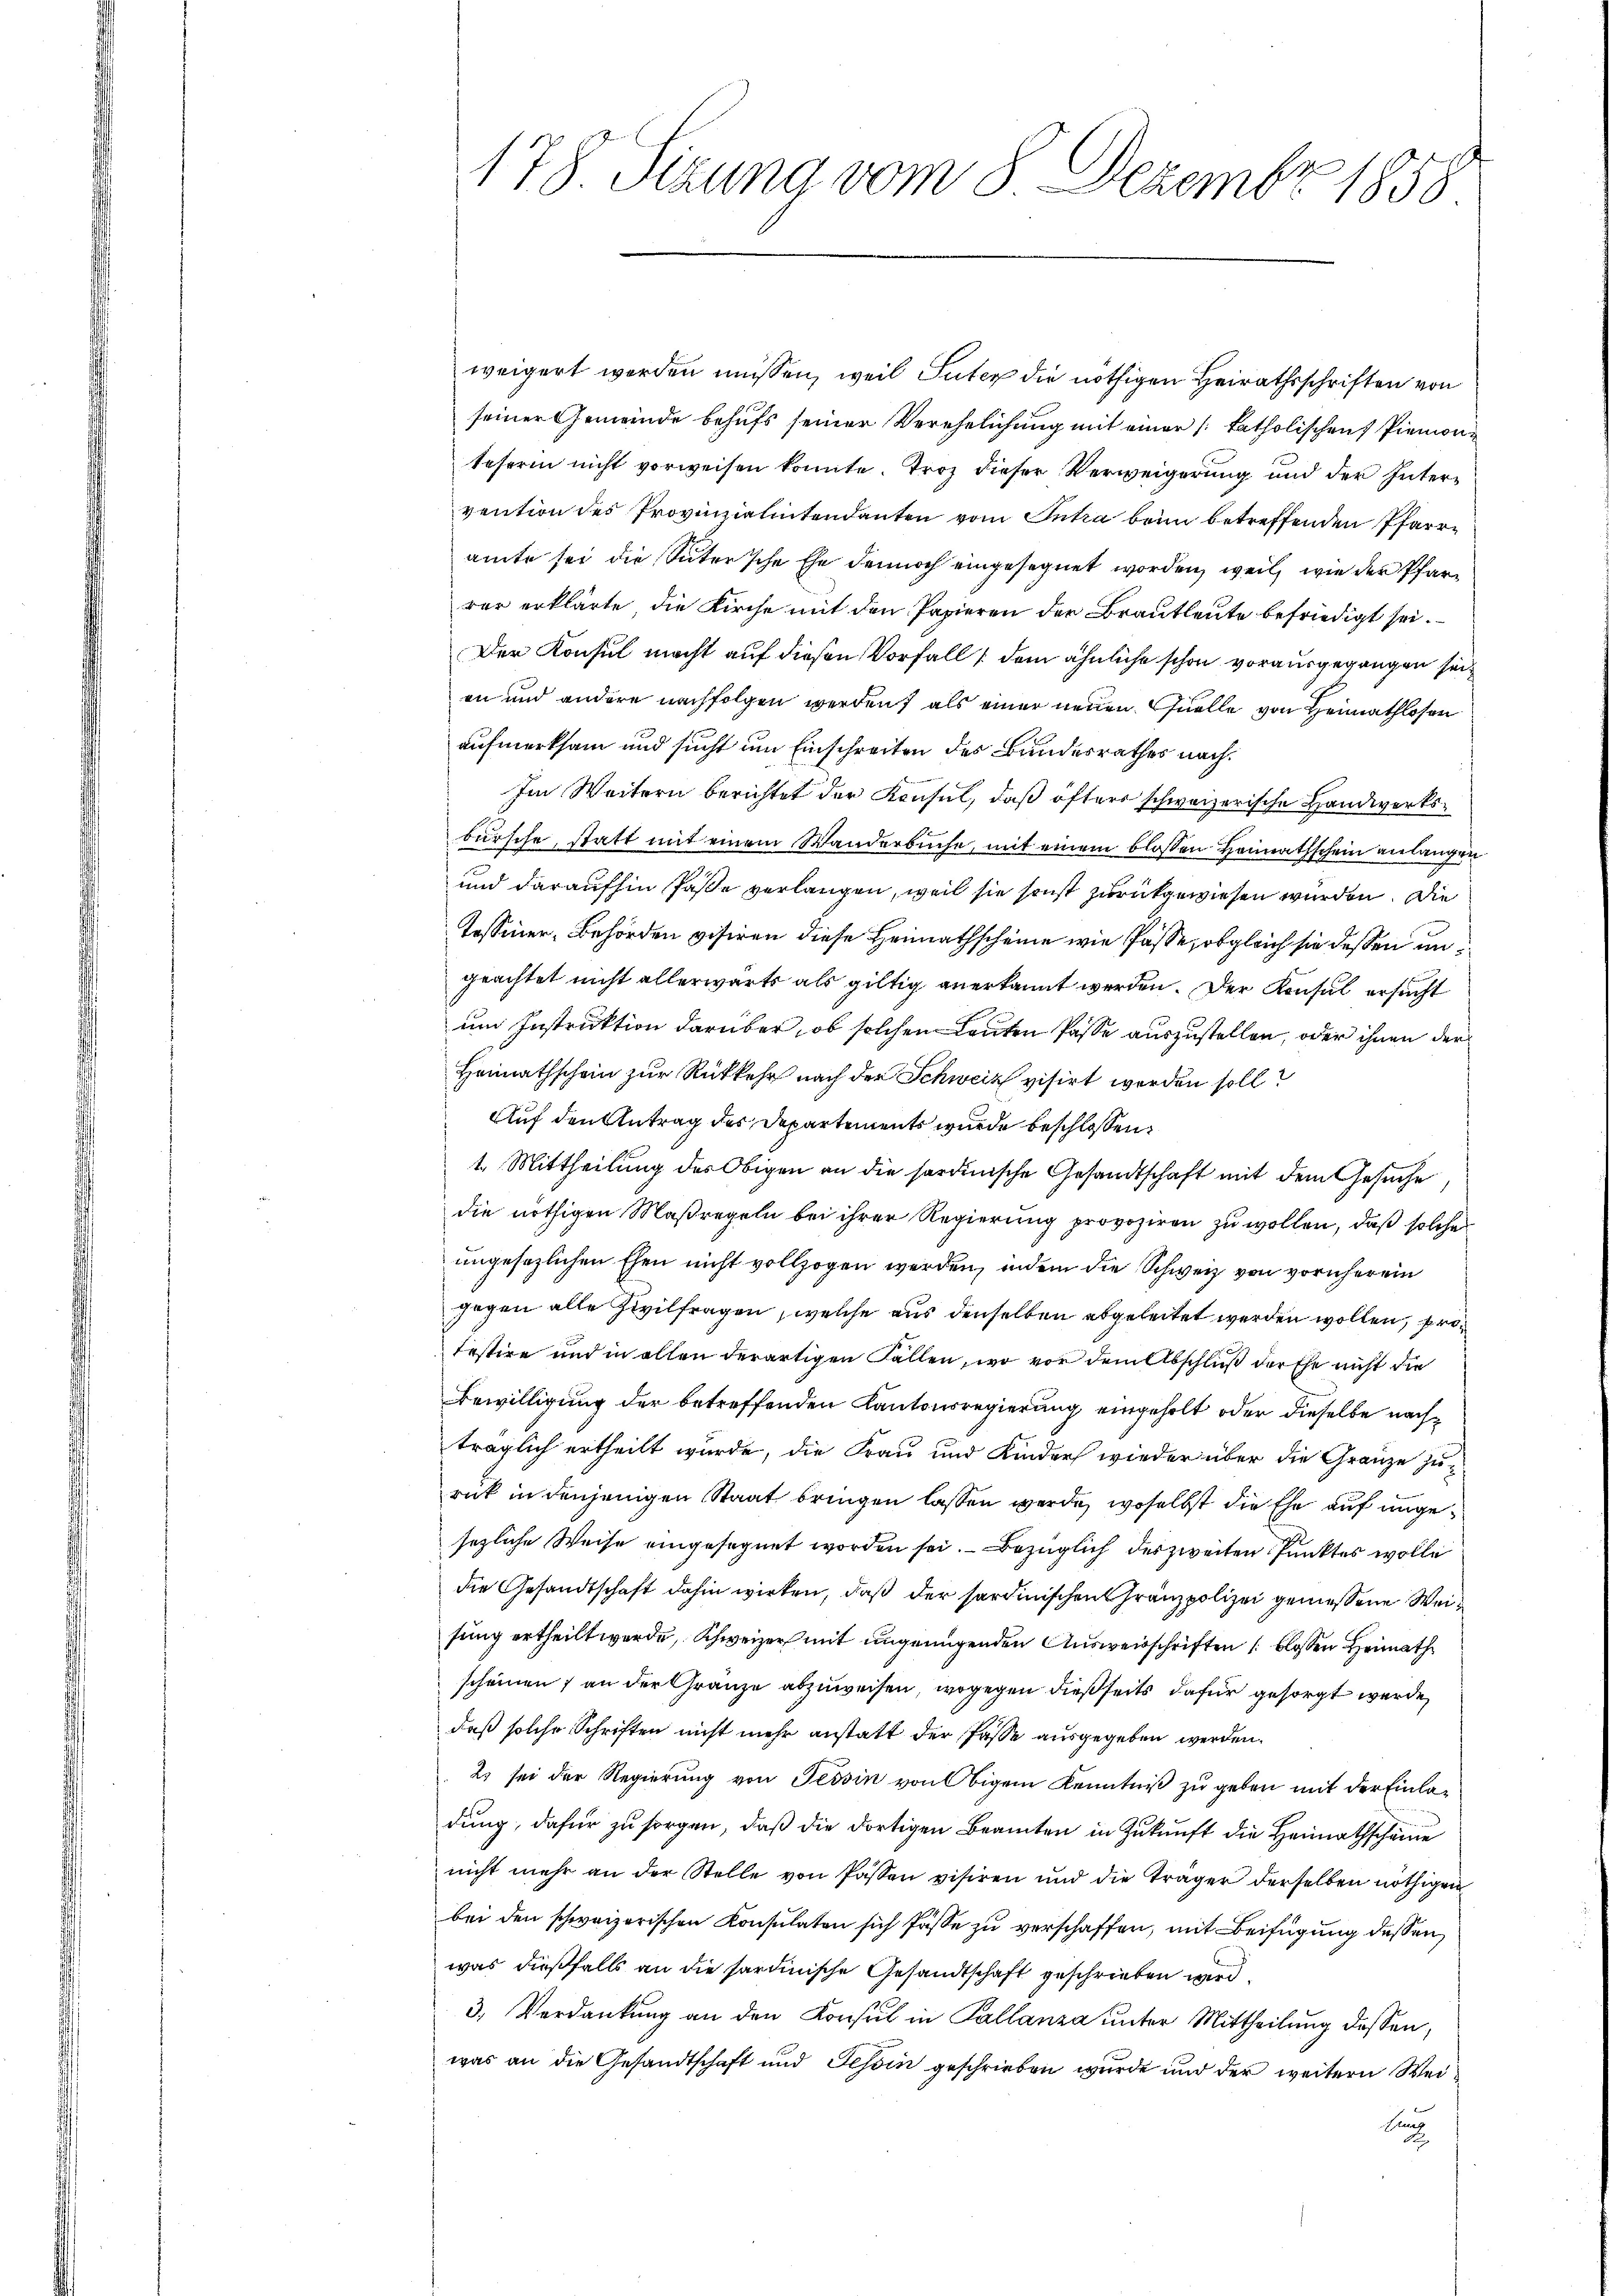
178. Sizung vom 8. Dezembr 1858

weigert werden müssen, weil Suter die nöthigen Heirathsschriften von
seiner Gemeinde behufs seiner Verehelichung mit einer /: katholischen Piemonteserin nicht vorweisen konnte. Troz dieser Verweigerung und der Intervention des Provinzialintendanten vom Antra beim betreffenden Pfarramte sei die Suter’sche Ehe dennoch eingesegnet worden, weil, wie der Pfarr
rer erklärte, die Kirche mit den Papieren der Brautleute befriedigt sei.
Der Konsul macht auf diesen Vorfall, dem ähnliche schon vorausgegangen seien und andere nachfolgen werden, als einer neuen Quelle von Heimathlosen
aufmerksam und sucht um Einschreiten des Bundesrathes nach¬
Im Weitern berichtet der Konsul, daß öfters schweizerische Handwerksbursche, statt mit einem Wanderbuche, mit einem blossen Heimathschein anlangen
und daraufhin Paße verlangen, weil sie sonst zurückgewiesen wurden. Die
Tessiner, Behörden visiren diese Heimathscheine wie Pässe, obgleich sie dessen ungeachtet nicht allerwärts als giltig anerkannt werden. Der Konsul ersucht
um Instruktion darüber, ob solchen Leuten Pässe auszustellen, oder ihnen der
Heimathschein zur Rückkehr nach der Schweiz visirt worden soll?
Auf den Antrag des Departements wurde beschlossen:
t. Mittheilung des Obigen an die sardinische Gesandtschaft mit dem Gesuche
die nöthigen Maßregeln bei ihrer Regierung provoziren zu wollen, daß solche
ungesezlichen Ehen nicht vollzogen werden, indem die Schweiz von vornherein
gegen alle Zivilfragen, welche aus denselben abgeleitet werden wollen, pritestire und in allen derartigen Fallen, wo vor dem Abschluß der Ehe nicht die
Bewilligung der betreffenden Kantonsregierung eingeholt oder dieselbe nachträglich ertheilt wurde, die Frau und Kinders wieder über die Gränze zurück in denjenigen Staat bringen lassen werde, woselbst die Ehe auf angesezliche Weise eingesegnet worden sei. Bezüglich des zweiten Punktes wolle
die Gesandtschaft dahin wirken, daß der sardinischen Gränzpolizei gemessene Weisung ertheilt werde, Schweizer mit ungenügenden Ausweisschriften blossen Heimath
scheinen ; an der Gränze abzuweisen, wogegen dießseits dafür gesorgt werde,
daß solche Schriften nicht mehr anstatt der Pässe ausgegeben werden.
2) sei der Regierung von Tessin von Obigem Kenntniß zu geben mit der Einladung, dafür zu sorgen, daß die dortigen Beamten in Zukunft die Heimathscheine
nicht mehr an der Stelle von Passen visiren ŭnd die Träger derselben nöthigen
bei den schweizerischen Konsulaten sich Pässe zu verschaffen, mit Beifügung dessen
was dießfalls an die sardinische Gesandtschaft geschrieben wird.
3. Verdankung an den Konsul in Pallanza unter Mittheilung dessen,
was an die Gesandtschaft und Tessin geschrieben wurde und der weitern Wei¬
Sus
.